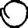
Digit: 0